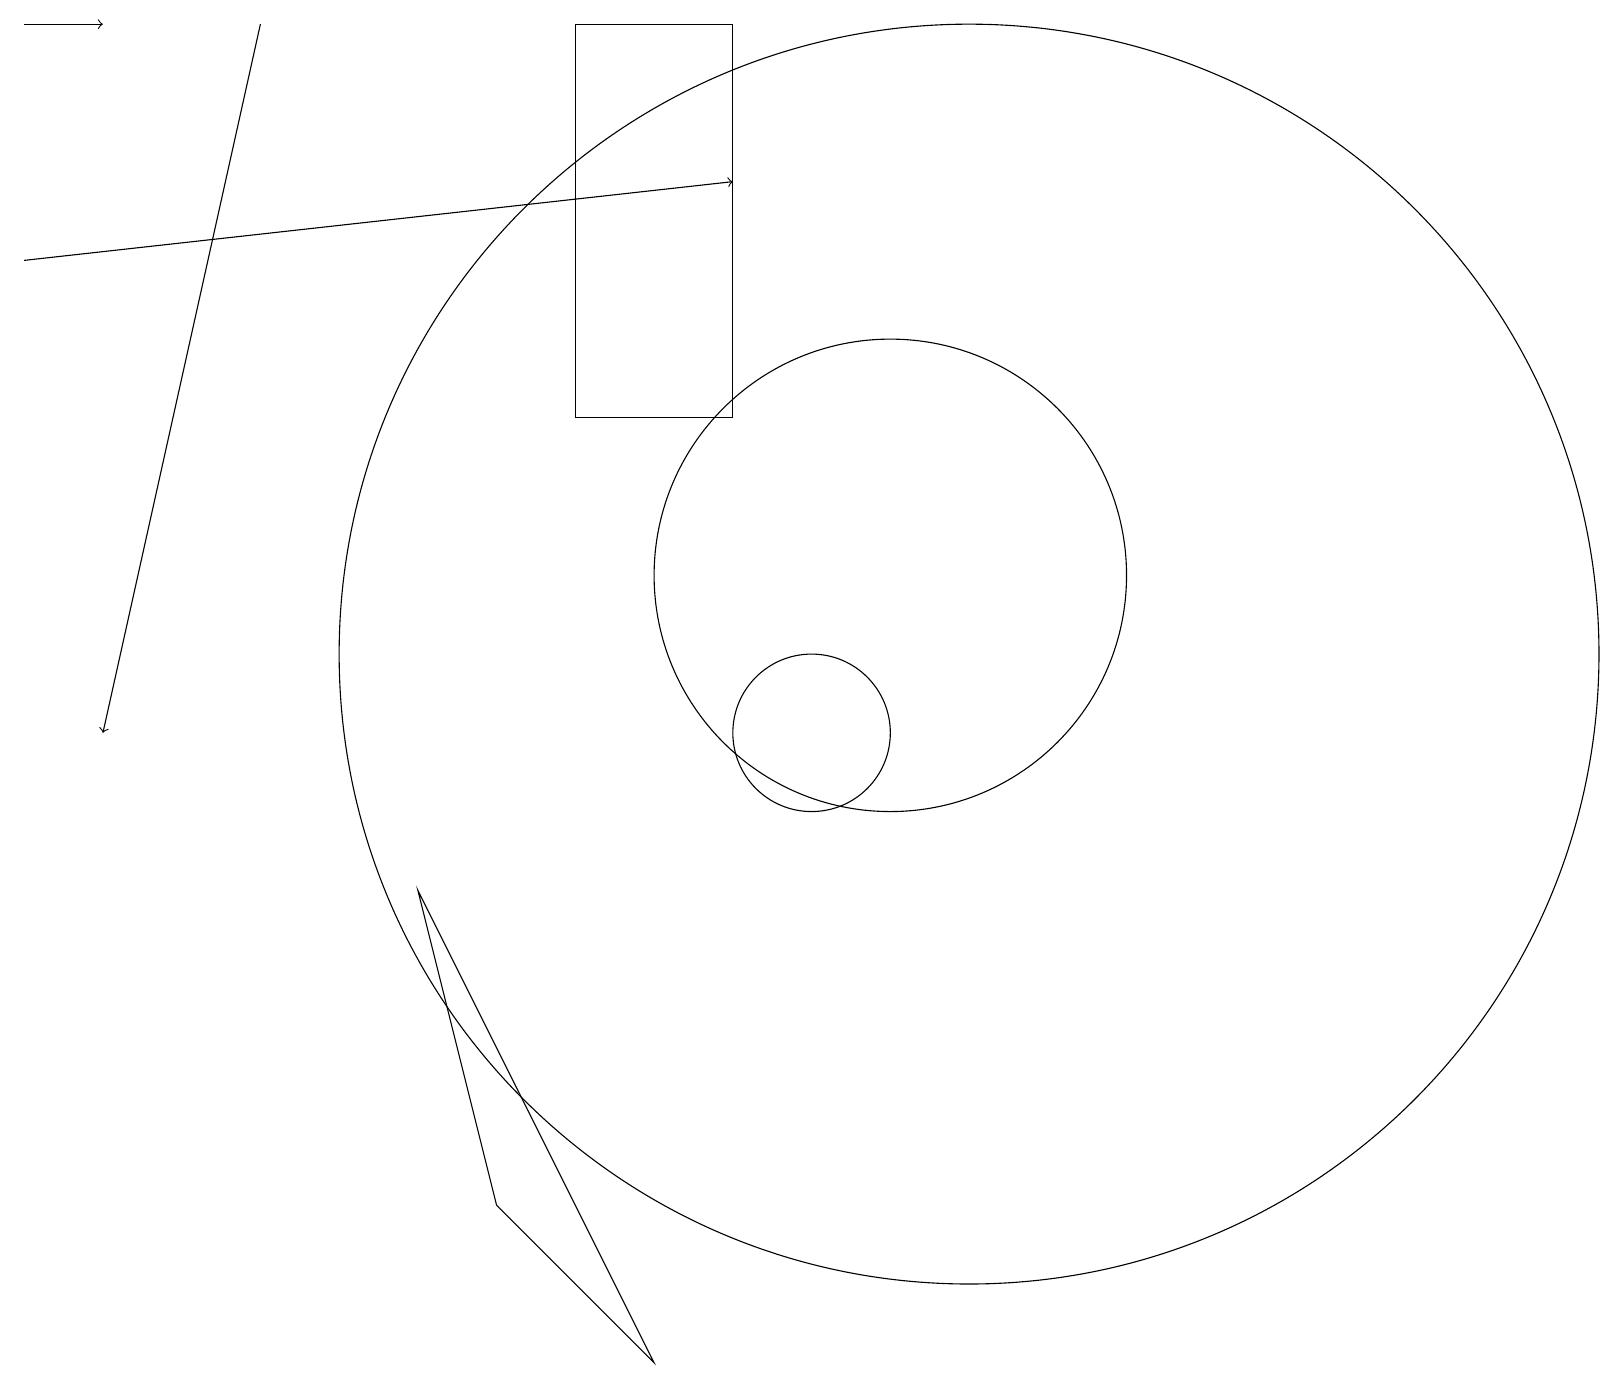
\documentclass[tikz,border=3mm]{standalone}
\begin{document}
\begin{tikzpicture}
\draw (12,11) circle (8);
\draw (11,12) circle (3);
\draw (10,10) circle (1);
\draw (5,8) -- (8,2) -- (6,4) -- cycle;
\draw[->] (0,19) -- (1,19);
\draw[->] (3,19) -- (1,10);
\draw[->] (0,16) -- (9,17);
\draw (9,14) rectangle (7,19);
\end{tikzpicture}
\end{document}